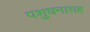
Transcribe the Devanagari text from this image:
पशुधनासह